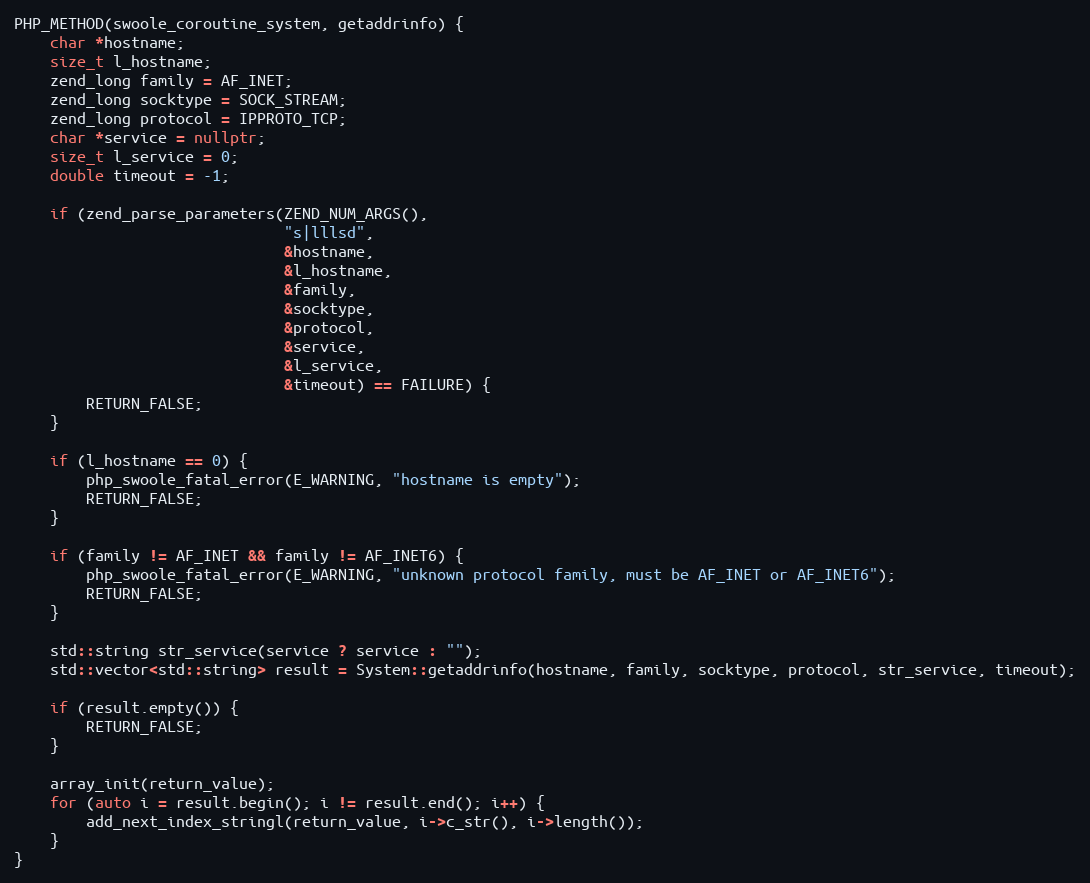
Language: C++
PHP_METHOD(swoole_coroutine_system, getaddrinfo) {
    char *hostname;
    size_t l_hostname;
    zend_long family = AF_INET;
    zend_long socktype = SOCK_STREAM;
    zend_long protocol = IPPROTO_TCP;
    char *service = nullptr;
    size_t l_service = 0;
    double timeout = -1;

    if (zend_parse_parameters(ZEND_NUM_ARGS(),
                              "s|lllsd",
                              &hostname,
                              &l_hostname,
                              &family,
                              &socktype,
                              &protocol,
                              &service,
                              &l_service,
                              &timeout) == FAILURE) {
        RETURN_FALSE;
    }

    if (l_hostname == 0) {
        php_swoole_fatal_error(E_WARNING, "hostname is empty");
        RETURN_FALSE;
    }

    if (family != AF_INET && family != AF_INET6) {
        php_swoole_fatal_error(E_WARNING, "unknown protocol family, must be AF_INET or AF_INET6");
        RETURN_FALSE;
    }

    std::string str_service(service ? service : "");
    std::vector<std::string> result = System::getaddrinfo(hostname, family, socktype, protocol, str_service, timeout);

    if (result.empty()) {
        RETURN_FALSE;
    }

    array_init(return_value);
    for (auto i = result.begin(); i != result.end(); i++) {
        add_next_index_stringl(return_value, i->c_str(), i->length());
    }
}